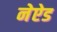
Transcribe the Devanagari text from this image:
नेऐड